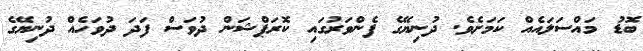
ބޮޑު މައްސަލައެއް ކަމަށެވެ. ދުނިޔޭގެ ފެންވަރުގައި ކޮރަޕްޝަން ދުވަސް ފަދަ ދުވަހެއް ދުނިޔޭގެ